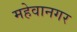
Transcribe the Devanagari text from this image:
महेवानगर